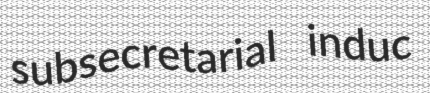
subsecretarial induc